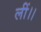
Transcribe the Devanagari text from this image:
लीं।।